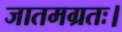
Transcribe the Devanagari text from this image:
जातमग्रतः।